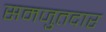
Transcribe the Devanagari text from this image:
समजुतदार